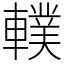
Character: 轐